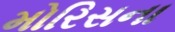
મોરિસના